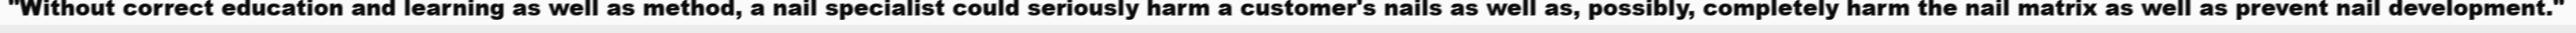
"Without correct education and learning as well as method, a nail specialist could seriously harm a customer's nails as well as, possibly, completely harm the nail matrix as well as prevent nail development."